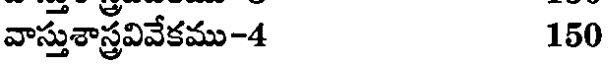
వాస్తుశాస్త్రవివేకము-4 150